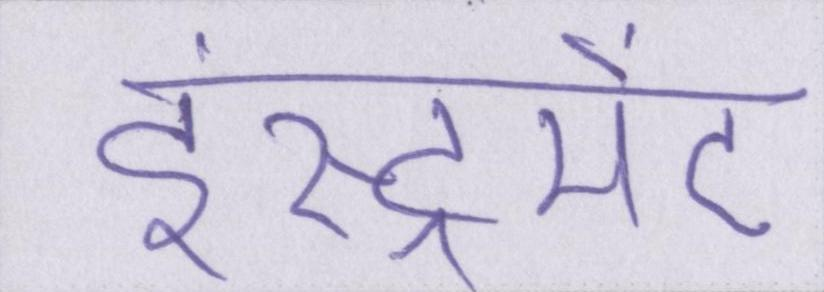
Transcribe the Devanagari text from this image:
इंस्ट्रूमेंट